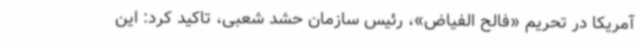
آمریکا در تحریم «فالح الفیاض»، رئیس سازمان حشد شعبی، تاکید کرد: این